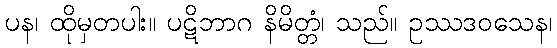
ပန၊ ထိုမှတပါး။ ပဋိဘာဂ နိမိတ္တံ၊ သည်။ ဥဿဒဝသေန၊